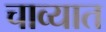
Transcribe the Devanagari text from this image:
चाव्यात